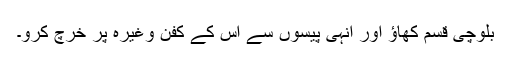
بلوچی قسم کھاؤ اور انہی پیسوں سے اس کے کفن وغیرہ پر خرچ کرو۔